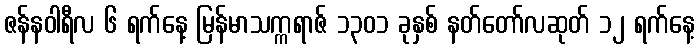
ဇန်နဝါရီလ ၆ ရက်နေ့ မြန်မာသက္ကရာဇ် ၁၃၀၁ ခုနှစ် နတ်တော်လဆုတ် ၁၂ ရက်နေ့